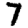
Digit: 7